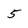
Character: 5